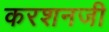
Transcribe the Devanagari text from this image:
करशनजी